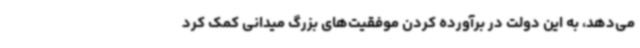
می‌دهد، به این دولت در برآورده کردن موفقیت‌های بزرگ میدانی کمک کرد